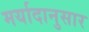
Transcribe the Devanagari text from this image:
मर्यादानुसार